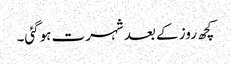
کچھ روز کے بعد شہرت ہوگئی۔